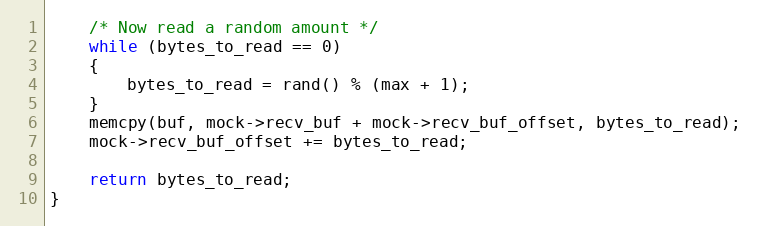
Language: C
	/* Now read a random amount */
	while (bytes_to_read == 0)
	{
		bytes_to_read = rand() % (max + 1);
	}
	memcpy(buf, mock->recv_buf + mock->recv_buf_offset, bytes_to_read);
	mock->recv_buf_offset += bytes_to_read;

	return bytes_to_read;
}